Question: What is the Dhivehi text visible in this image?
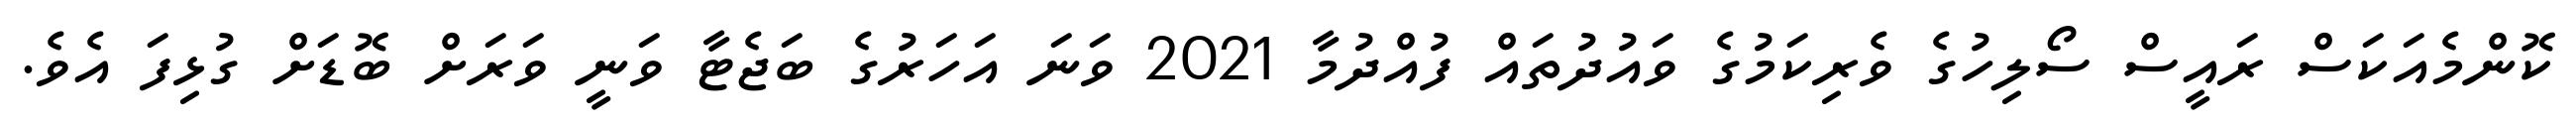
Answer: ކޮންމެއަކަސް ރައީސް ސޯލިހުގެ ވެރިކަމުގެ ވައުދުތައް ފުއްދުމާ 2021 ވަނަ އަހަރުގެ ބަޖެޓާ ވަނީ ވަރަށް ބޮޑަށް ގުޅިފަ އެވެ.